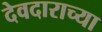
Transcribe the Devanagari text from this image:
देवदाराच्या